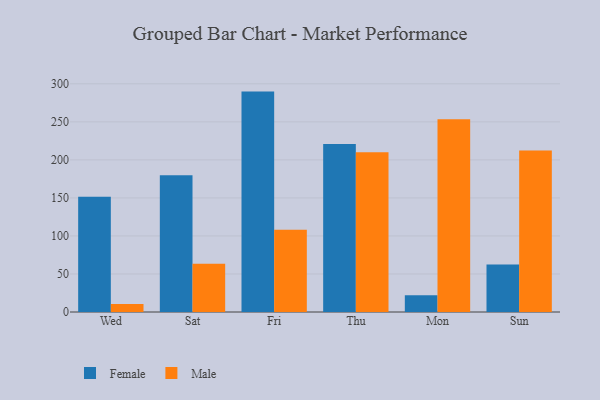
{"axis": {"x": "Day", "y": "LTV (USD)"}, "legend": ["Female", "Male"], "data": [{"x": "Wed", "y": 151.5, "type": "Female"}, {"x": "Wed", "y": 10.4, "type": "Male"}, {"x": "Sat", "y": 179.7, "type": "Female"}, {"x": "Sat", "y": 63.3, "type": "Male"}, {"x": "Fri", "y": 289.8, "type": "Female"}, {"x": "Fri", "y": 108.1, "type": "Male"}, {"x": "Thu", "y": 220.9, "type": "Female"}, {"x": "Thu", "y": 210.0, "type": "Male"}, {"x": "Mon", "y": 22.0, "type": "Female"}, {"x": "Mon", "y": 253.4, "type": "Male"}, {"x": "Sun", "y": 62.3, "type": "Female"}, {"x": "Sun", "y": 212.2, "type": "Male"}]}